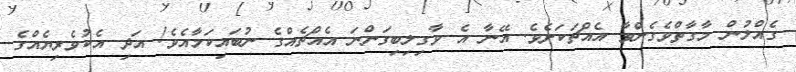
ގެއްލުން މާގާތްވެގެންވާ އެއްޗަކަށެވެ. އޭނާ އެ ވާގިލިބިގަންނަ އެއްޗެއްގެ ނުބައިކަމާއެވެ! އަދި އެކުވެރިޔެއްގެ